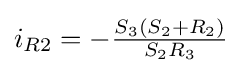
i_{R2}=-{\tfrac {S_{3}(S_{2}+R_{2})}{S_{2}R_{3}}}